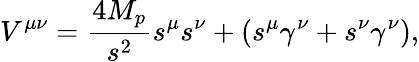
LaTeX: V^{\mu\nu}={\frac{4M_{p}}{s^{2}}}s^{\mu}s^{\nu}+(s^{\mu}\gamma^{\nu}+s^{\nu}\gamma^{\nu}),